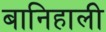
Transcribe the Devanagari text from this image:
बानिहाली